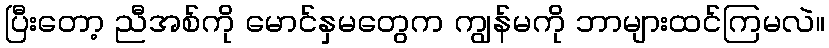
ပြီးတော့ ညီအစ်ကို မောင်နှမတွေက ကျွန်မကို ဘာများထင်ကြမလဲ။